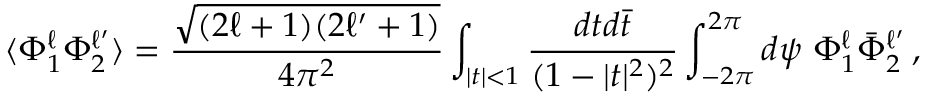
\langle \Phi _ { 1 } ^ { \ell } \Phi _ { 2 } ^ { \ell ^ { \prime } } \rangle = \frac { \sqrt { ( 2 \ell + 1 ) ( 2 \ell ^ { \prime } + 1 ) } } { 4 \pi ^ { 2 } } \int _ { | t | < 1 } \frac { d t d \bar { t } } { ( 1 - | t | ^ { 2 } ) ^ { 2 } } \int _ { - 2 \pi } ^ { 2 \pi } d \psi \ \Phi _ { 1 } ^ { \ell } \bar { \Phi } _ { 2 } ^ { \ell ^ { \prime } } \, ,